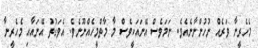
މެހެރީނާ ވަރެއް ނުހުންނާނެއެވެ. ނަމަވެސް އޭނައަކީވެސް މާ މާތްމީހެއްނޫނެވެ. އެވަގުތު އޭނައާއި މެހެރީނާ